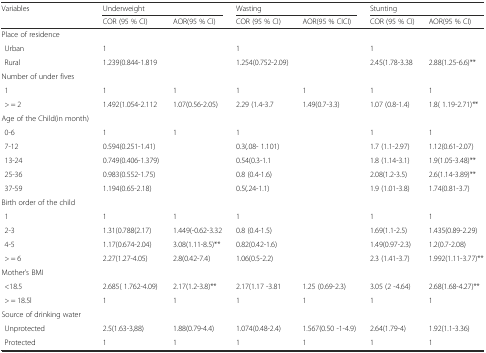
<table><thead><tr><td><b>Variables</b></td><td colspan="2"><b>Underweight</b></td><td colspan="2"><b>Wasting</b></td><td colspan="2"><b>Stunting</b></td></tr><tr><td></td><td><b>COR (95 % CI)</b></td><td><b>AOR(95 % CI)</b></td><td><b>COR (95 % CI)</b></td><td><b>AOR(95 % CICI)</b></td><td><b>COR (95 % CI)</b></td><td><b>AOR(95 % CI)</b></td></tr></thead><tbody><tr><td>Place of residence</td><td></td><td></td><td></td><td></td><td></td><td></td></tr><tr><td>Urban</td><td>1</td><td></td><td>1</td><td></td><td>1</td><td></td></tr><tr><td>Rural</td><td>1.239(0.844-1.819</td><td></td><td>1.254(0.752-2.09)</td><td></td><td>2.45(1.78-3.38</td><td>2.88(1.25-6.6)**</td></tr><tr><td>Number of under fives</td><td></td><td></td><td></td><td></td><td></td><td></td></tr><tr><td>1</td><td>1</td><td>1</td><td>1</td><td>1</td><td>1</td><td>1</td></tr><tr><td>&gt; = 2</td><td>1.492(1.054-2.112</td><td>1.07(0.56-2.05)</td><td>2.29 (1.4-3.7</td><td>1.49(0.7-3.3)</td><td>1.07 (0.8-1.4)</td><td>1.8( 1.19-2.71)**</td></tr><tr><td>Age of the Child(in month)</td><td></td><td></td><td></td><td></td><td></td><td></td></tr><tr><td>0-6</td><td>1</td><td>1</td><td>1</td><td></td><td>1</td><td>1</td></tr><tr><td>7-12</td><td>0.594(0.251-1.41)</td><td></td><td>0.3(.08- 1.101)</td><td></td><td>1.7 (1.1-2.97)</td><td>1.12(0.61-2.07)</td></tr><tr><td>13-24</td><td>0.749(0.406-1.379)</td><td></td><td>0.54(0.3-1.1</td><td></td><td>1.8 (1.14-3.1)</td><td>1.9(1.05-3.48)**</td></tr><tr><td>25-36</td><td>0.983(0.552-1.75)</td><td></td><td>0.8 (0.4-1.6)</td><td></td><td>2.08(1.2-3.5)</td><td>2.6(1.14-3.89)**</td></tr><tr><td>37-59</td><td>1.194(0.65-2.18)</td><td></td><td>0.5(.24-1.1)</td><td></td><td>1.9 (1.01-3.8)</td><td>1.74(0.81-3.7)</td></tr><tr><td>Birth order of the child</td><td></td><td></td><td></td><td></td><td></td><td></td></tr><tr><td>1</td><td>1</td><td>1</td><td>1</td><td></td><td>1</td><td>1</td></tr><tr><td>2-3</td><td>1.31(0.788(2.17)</td><td>1.449(-0.62-3.32</td><td>0.8 (0.4-1.5)</td><td></td><td>1.69(1.1-2.5)</td><td>1.435(0.89-2.29)</td></tr><tr><td>4-5</td><td>1.17(0.674-2.04)</td><td>3.08(1.11-8.5)**</td><td>0.82(0.42-1.6)</td><td></td><td>1.49(0.97-2.3)</td><td>1.2(0.7-2.08)</td></tr><tr><td>&gt; = 6</td><td>2.27(1.27-4.05)</td><td>2.8(0.42-7.4)</td><td>1.06(0.5-2.2)</td><td></td><td>2.3 (1.41-3.7)</td><td>1.992(1.11-3.77)**</td></tr><tr><td>Mother’s BMI</td><td></td><td></td><td></td><td></td><td></td><td></td></tr><tr><td>&lt;18.5</td><td>2.685( 1.762-4.09)</td><td>2.17(1.2-3.8)**</td><td>2.17(1.17 -3.81</td><td>1.25 (0.69-2.3)</td><td>3.05 (2 -4.64)</td><td>2.68(1.68-4.27)**</td></tr><tr><td>&gt; = 18.5l</td><td>1</td><td>1</td><td>1</td><td>1</td><td>1</td><td>1</td></tr><tr><td>Source of drinking water</td><td></td><td></td><td></td><td></td><td></td><td></td></tr><tr><td>Unprotected</td><td>2.5(1.63-3,88)</td><td>1.88(0.79-4.4)</td><td>1.074(0.48-2.4)</td><td>1.567(0.50 -1-4.9)</td><td>2.64(1.79-4)</td><td>1.92(1.1-3.36)</td></tr><tr><td>Protected</td><td>1</td><td>1</td><td>1</td><td>1</td><td>1</td><td>1</td></tr></tbody></table>